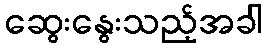
ဆွေးနွေးသည့်အခါ